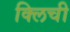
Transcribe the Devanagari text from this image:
क्लिची